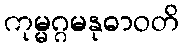
ကုမ္မဂ္ဂမနုဓာဝတိ